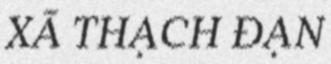
XÃ THẠCH ĐẠN